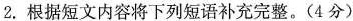
2.根据短文内容将下列短语补充完整。(4分)